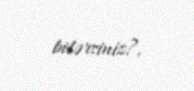
bilərsiniz?.